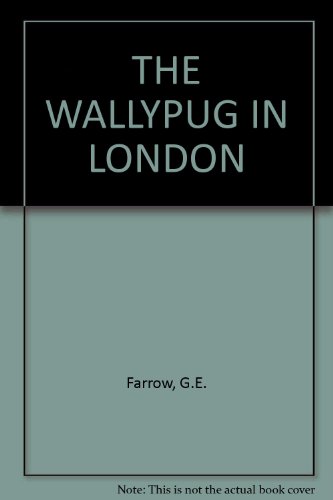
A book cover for THE WALLYPUG IN LONDON; G.E. Farrow; Crafts, Hobbies & Home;